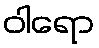
ဝါရော